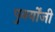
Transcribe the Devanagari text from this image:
पुनर्योंजी